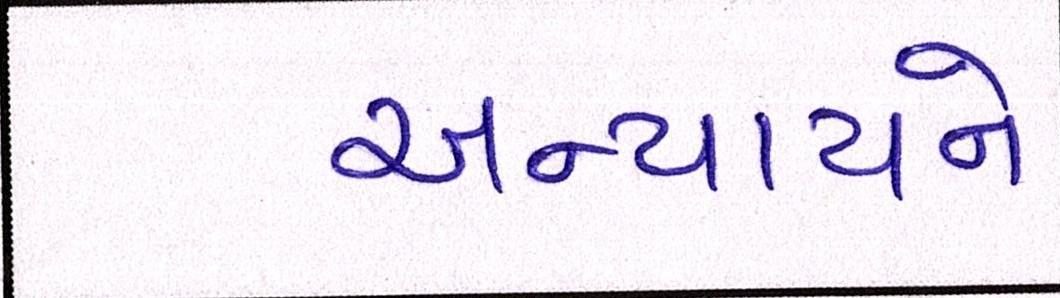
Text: અન્યાયને